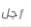
أجل